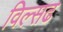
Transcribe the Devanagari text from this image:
विल्सढ